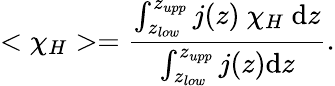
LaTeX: <\chi_{H}>=\frac{\int_{z_{low}}^{z_{upp}}j(z)~\chi_{H}~\mathrm{d}z}{\int_{z_{low}}^{z_{upp}}j(z)\mathrm{d}z}.